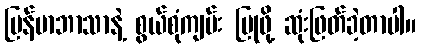
မြန်မာဘာသာနဲ့ စွယ်စုံကျမ်း ပြုဖို့ ဆုံးဖြတ်ခဲ့တာပါ။